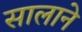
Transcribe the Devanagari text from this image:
सालाने